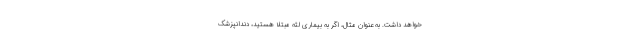
خواهد داشت. به عنوان مثال، اگر به بیماری لثه مبتلا هستید، دندانپزشک